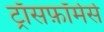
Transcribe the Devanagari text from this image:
ट्राँसफ़ॉर्मर्स